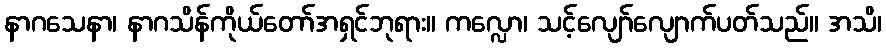
နာဂသေနာ၊ နာဂသိန်ကိုယ်တော်အရှင်ဘုရား။ ကလ္လော၊ သင့်လျော်လျောက်ပတ်သည်။ အသိ၊